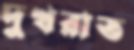
দুখরাত